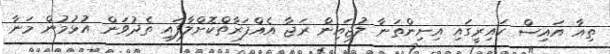
ތިއާ އައިސް ކައިރީގައި އިށިންތަނާ ލުޖައިން ރަޖާ އެއްފަރާތްކޮށްލާފައި ތެދުވަން އުޅުމުން މަނާ